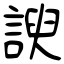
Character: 諛